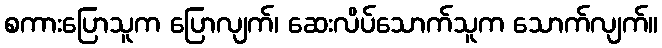
စကားပြောသူက ပြောလျက်၊ ဆေးလိပ်သောက်သူက သောက်လျက်။